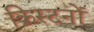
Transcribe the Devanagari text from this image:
क्रिस्टनों